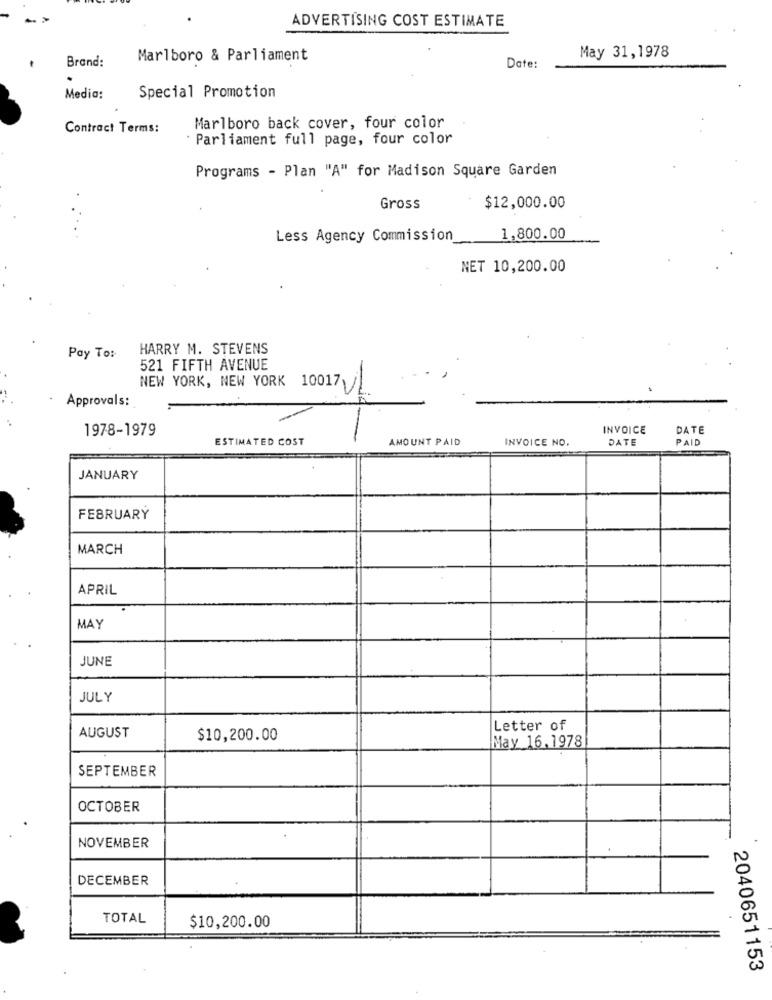
ADVERTISING COST ESTIMATE
Brand:
Marlboro & Parliament
May 31,1978
Date:
Media:
Special Promotion
Contract Terms:
Marlboro back cover, four color
Parliament full page, four color
Programs - Plan "A" for Madison Square Garden
Gross
$12,000.00
Less Agency Commission
1,800.00
NET 10,200.00
HARRY M. STEVENS
Pay To:
521 FIFTH AVENUE
NEW YORK, NEW YORK 10017VL
Approvals:
1978-1979
INVOICE
DATE
ESTIMATED COST
AMOUNT PAID
INVOICE NO.
DATE
PAID
JANUARY
FEBRUARY
MARCH
APRIL
MAY
JUNE
JULY
AUGUST
Letter of
$10,200.00
May 16,1978
SEPTEMBER
OCTOBER
NOVEMBER
DECEMBER
TOTAL
$10,200.00
2040651153